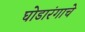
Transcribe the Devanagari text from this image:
घोडारंगाचे